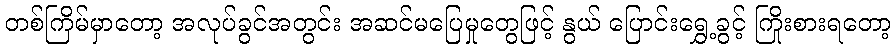
တစ်ကြိမ်မှာတော့ အလုပ်ခွင်အတွင်း အဆင်မပြေမှုတွေဖြင့် နွယ် ပြောင်းရွှေ့ခွင့် ကြိုးစားရတော့